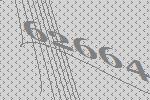
62664